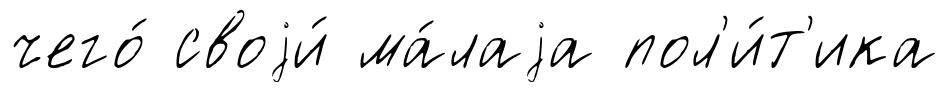
чего́ своjи́ ма́лаjа пол'и́т'ика